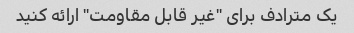
یک مترادف برای "غیر قابل مقاومت" ارائه کنید